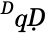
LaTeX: ^ḊqḌ